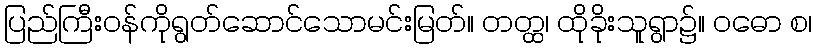
ပြည်ကြီးဝန်ကိုရွတ်ဆောင်သောမင်းမြတ်။ တတ္ထ၊ ထိုခိုးသူရွာ၌။ ဝဓော စ၊